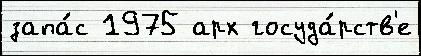
запа́с 1975 арх госуда́рств'е